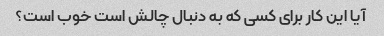
آیا این کار برای کسی که به دنبال چالش است خوب است؟